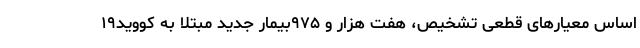
اساس معیارهای قطعی تشخیص، هفت هزار و ۹۷۵بیمار جدید مبتلا به کووید۱۹